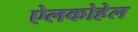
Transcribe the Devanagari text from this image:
ऐलकोहेल